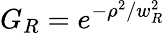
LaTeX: G_{R}=e^{-\rho^{2}/w_{R}^{2}}